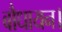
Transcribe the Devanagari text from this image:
बौधायन।